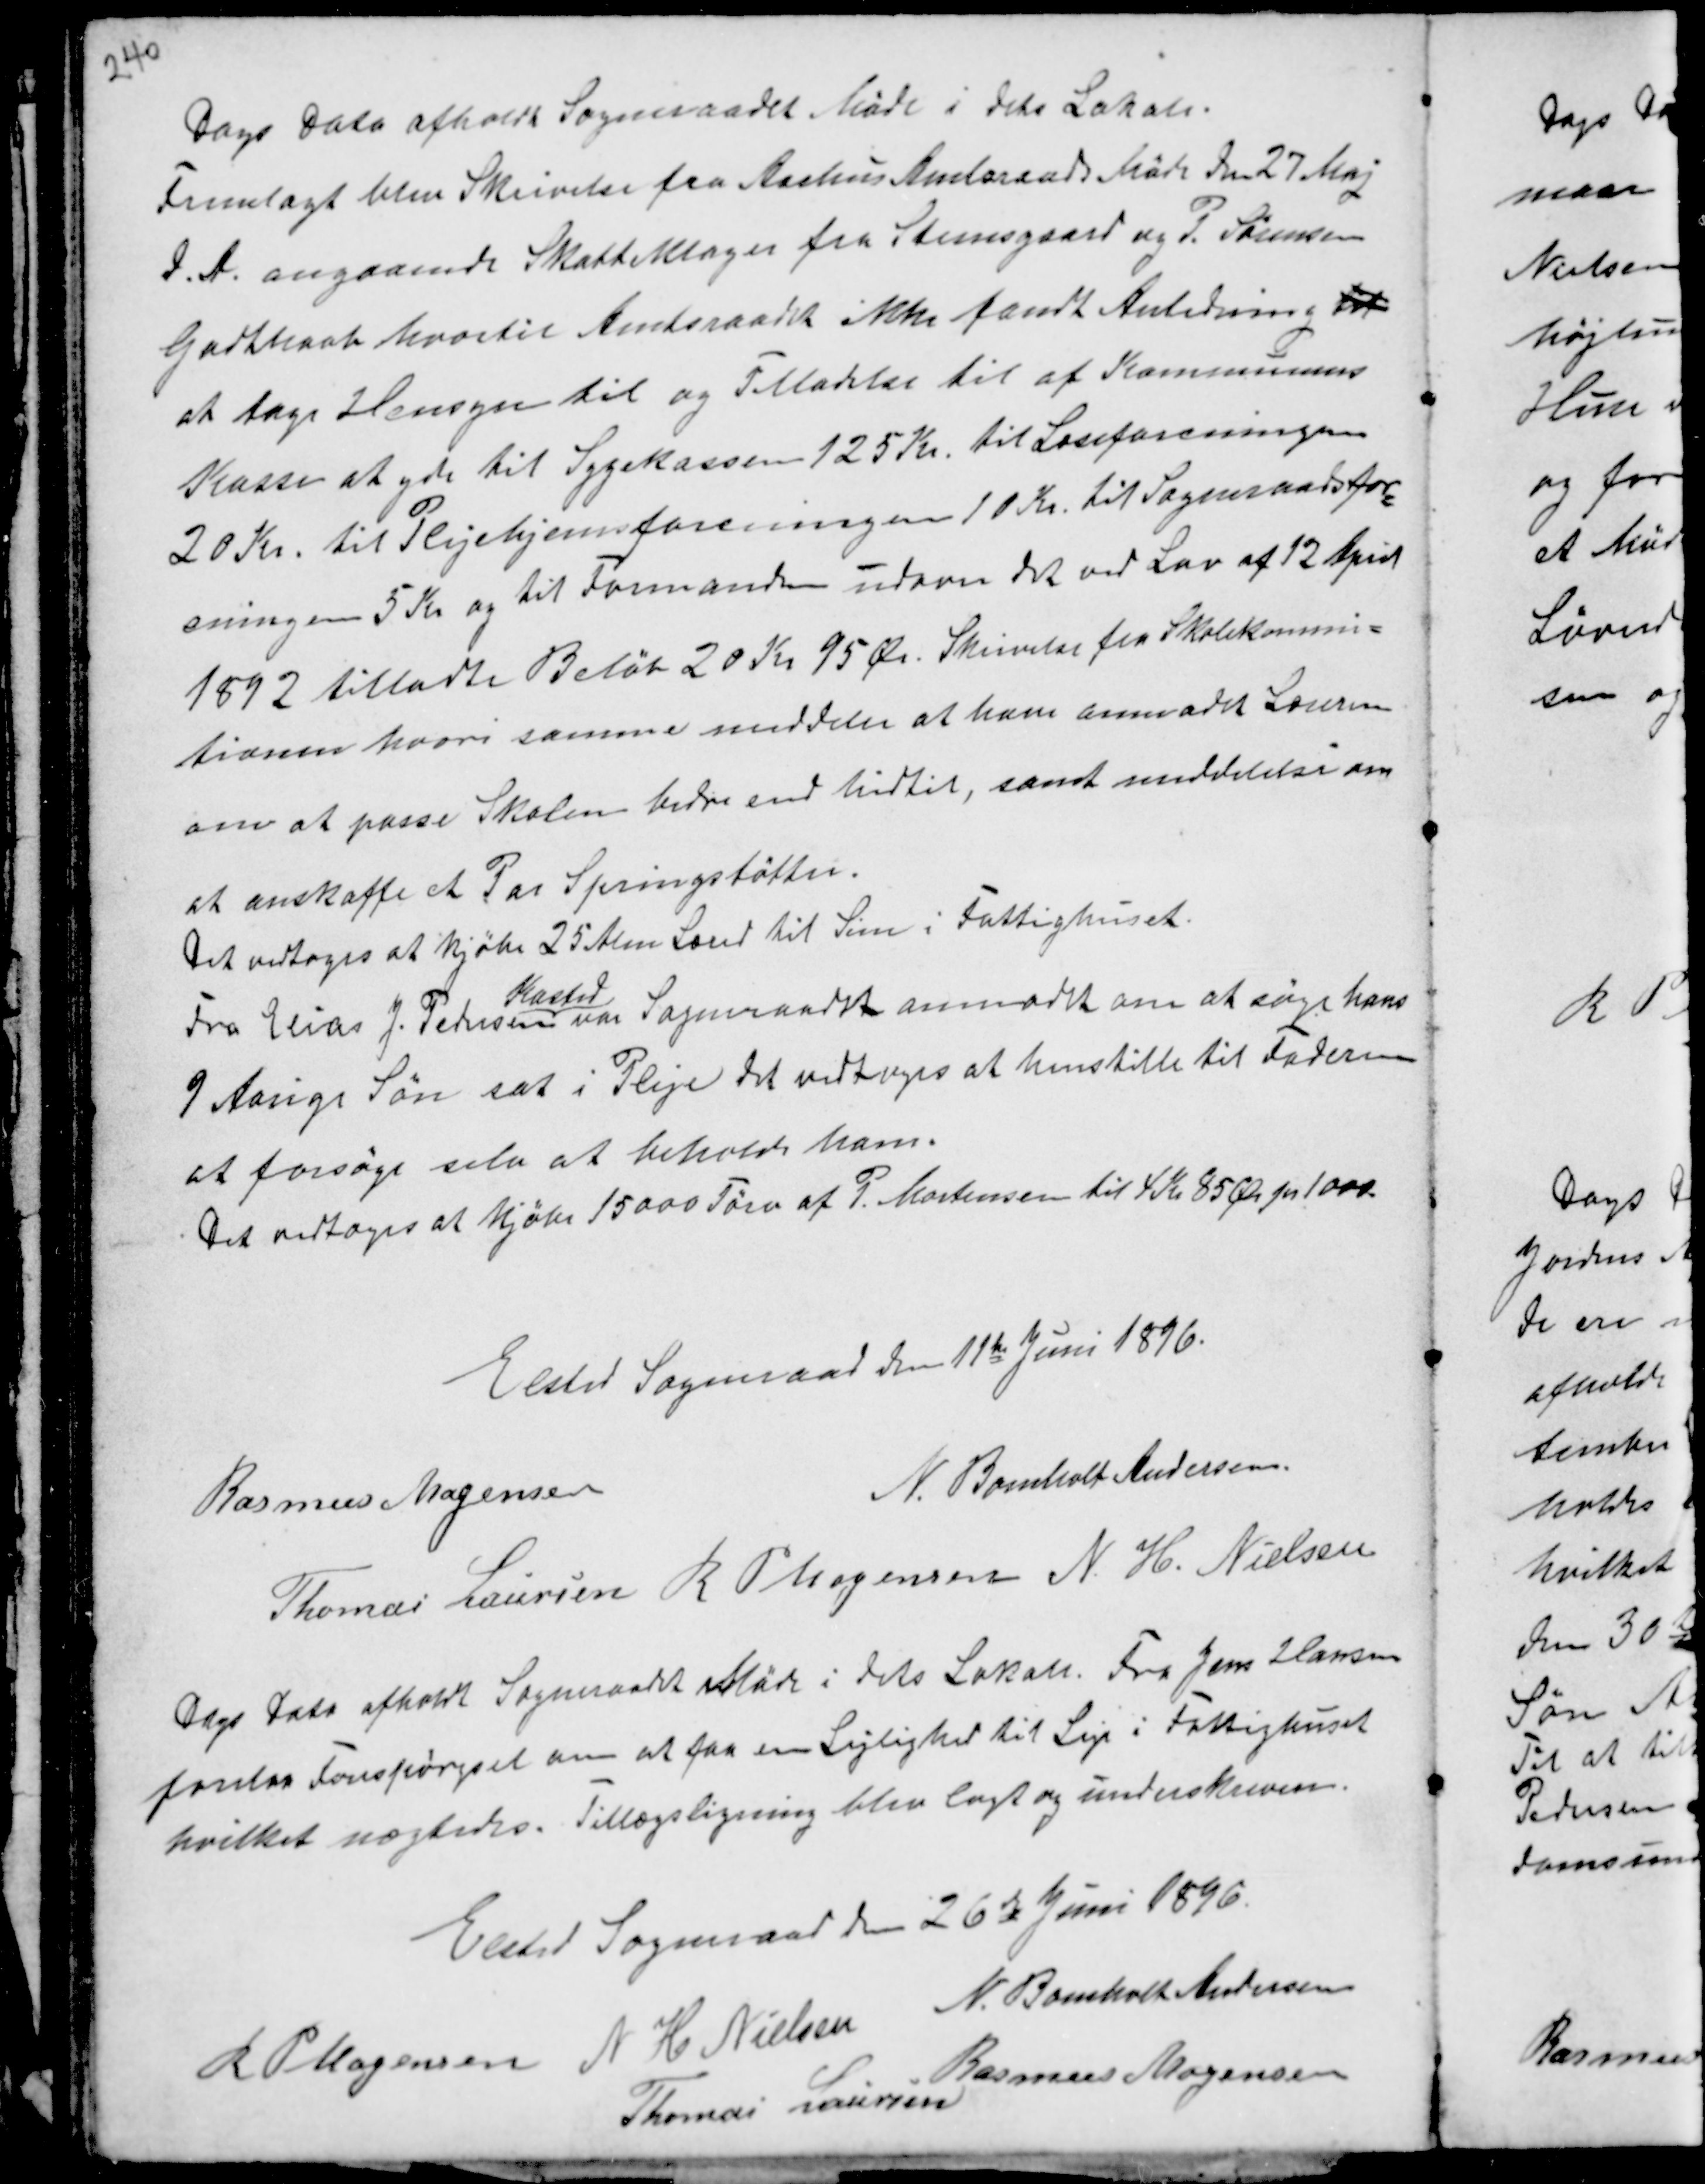
Transskription:
Dags Dato afholdt Sogneraadet Møde i dets Lokale.
Fremlagt blev Skrivelse fra Aarhus Amtsraads Møde den 27 Maj
d.A. angaaende Skatteklager fra Steensgaard og P. Sørensen
Godthaab hvortil Amtsraadet ikke fandt Anledning til
at tage Hensyn til og Tilladelse til af Kommunens
Kasse at yde Sygekassen 125 Kr. til Læseforeningen
20 Kr. til Plejehjemsforeningen 10 Kr. til Sogneraadsfor-
eningen 5 Kr og til Formanden udover det ved Lov af 12 April
1892 tilladte Beløb 20 Kr 95 Ør. Skrivelse fra Skolekommi-
tionen hvori samme meddeler at have anmodet Laursen
om at passe Skolen bedre end hidtil, samt meddelelse om
at anskaffe et Par Springstøtter.
Det vedtoges at kjøbe 25 Alen Land til Sim i Fattighuset.
Fra Elias J. Pedersen
Kasted
var Sogneraadet anmodet om at søge hans
9 Aarige Søn sat i Pleje det vedtoges at henstille til Faderen
at forsøge selv at beholde ham.
Det vedtoges at kjøbe 15000 Tørv af P. Mortensen til 4 Kr 85 Ør pr 1000

Elsted Sogneraad den 11te Juni 1896.
Rasmus Mogensen
N. Bomholt Andersen
Thomas Laursen R P Mogensen N. H. Nielsen

Dags Dato afholdt Sogneraadet Møde i dets Lokale. Fra Jens Hansen
forelaa Forespørgsel om at faa en Lejlighed til Leje i Fattighuset
hvilket nægtedes. Tillægsligning blev lagt og underskreven.

Elsted Sogneraad den 26de Juni 1896.
R P Mogensen N H Nielsen N. Bomholt Andersen
Thomas Laursen
Rasmus Mogensen